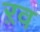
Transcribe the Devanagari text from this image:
ऱव